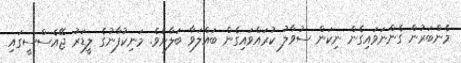
މެންބަރުން ގެންނަވައިގެން ނިކަން ސުވާލު ކުރައްވައިގެން ބައްލަވާ ބަލާށެވެ. މަނިކުފާނުގެ ލީޑަރު ޖޭއެސްސީގައި